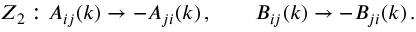
Z _ { 2 } : A _ { i j } ( k ) \rightarrow - A _ { j i } ( k ) \, , \qquad B _ { i j } ( k ) \rightarrow - B _ { j i } ( k ) \, .